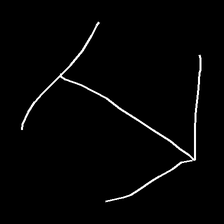
Glyph: levitation